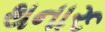
થનારૂ